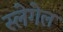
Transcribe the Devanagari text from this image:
स्लेगेल